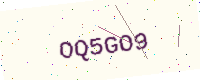
Text: OQ5GO9